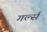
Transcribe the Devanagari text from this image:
गर्ल्‍स